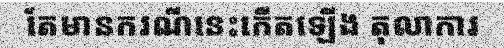
តែមានករណីនេះកើតឡើង តុលាការ